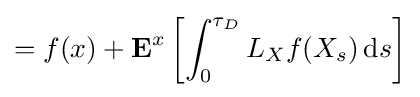
=f(x)+\mathbf {E} ^{x}\left[\int _{0}^{\tau _{D}}L_{X}f(X_{s})\,\mathrm {d} s\right]